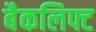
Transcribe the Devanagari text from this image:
बैकलिफ्ट